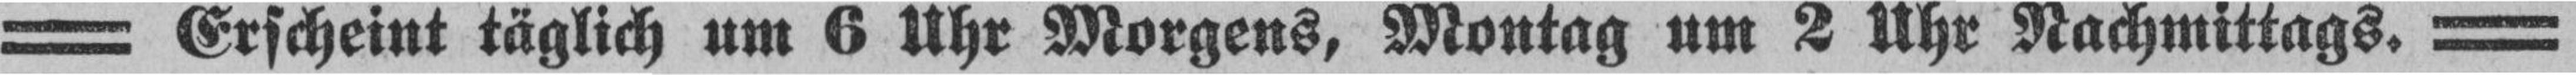
= Erscheint täglich um 6 Uhr Morgens, Montag um 2 Uhr Nachmittags. =